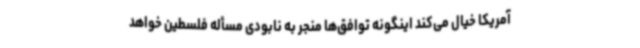
آمریکا خیال می‌کند اینگونه توافق‌ها منجر به نابودی مسأله فلسطین خواهد